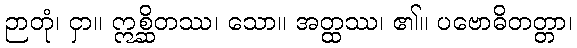
ဉာတုံ၊ ငှာ။ ဣစ္ဆိတဿ၊ သော။ အတ္ထဿ၊ ၏။ ပဗောဓိတတ္တာ၊